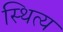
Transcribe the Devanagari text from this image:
स्थित्य